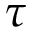
\tau